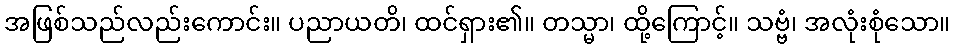
အဖြစ်သည်လည်းကောင်း။ ပညာယတိ၊ ထင်ရှား၏။ တသ္မာ၊ ထို့ကြောင့်။ သဗ္ဗံ၊ အလုံးစုံသော။